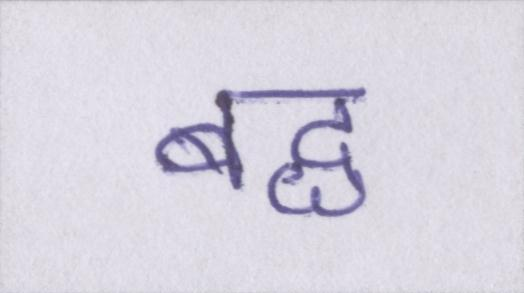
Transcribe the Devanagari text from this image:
बद्ध